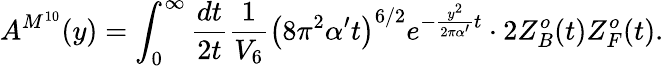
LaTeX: A^{M^{10}}(y)=\int_{0}^{\infty}{\frac{dt}{2t}}{\frac{1}{V_{6}}}\left(8\pi^{2}\alpha^{\prime}t\right)^{6/2}e^{-{\frac{y^{2}}{2\pi\alpha^{\prime}}}t}\cdot 2Z_{B}^{o}(t)Z_{F}^{o}(t).